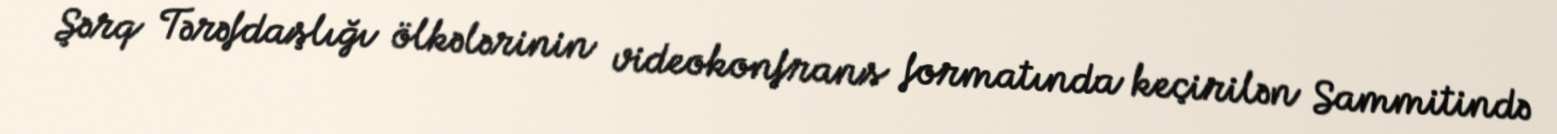
Şərq Tərəfdaşlığı ölkələrinin videokonfrans formatında keçirilən Sammitində